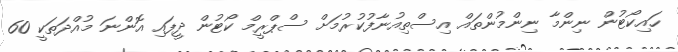
ހައިކޯޓުން ނިންމާ ނިންމުންތައް އިސްތިއުނާފުކުރުމަށް ސްޕްރީމް ކޯޓުން ދީފައި އޮންނަ މުއްދަތަކީ 60